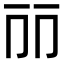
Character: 𠀙